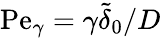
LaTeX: \textrm{Pe}_{\gamma}=\gamma\widetilde{\delta}_{0}/D